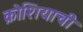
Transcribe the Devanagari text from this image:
क्रोशियाची